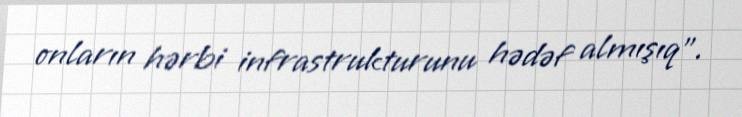
onların hərbi infrastrukturunu hədəf almışıq".